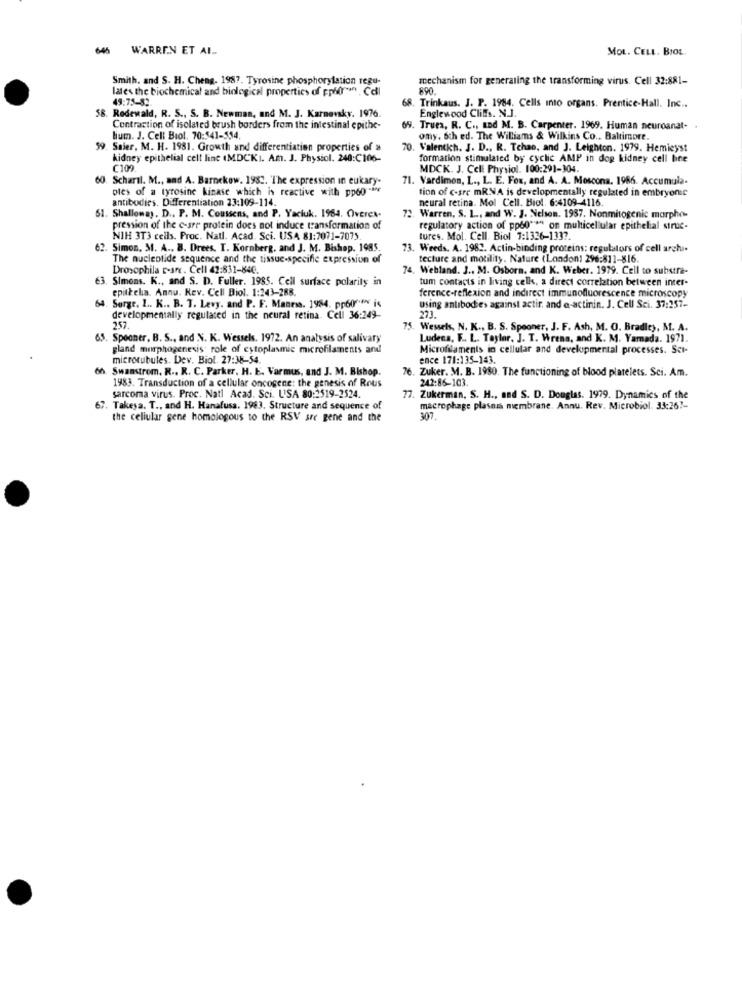
646 WARREN ET AL.
MOL. CELL. BIOL
Smith, and S. H. Cheng. 1987. Tyrosine phosphorylation regu-
mechanism for generating the transforming virus. Cell 32:881-
lates the biochemical and biological properties of prof. Cell
890.
49:75-82.
68. Trinkaus. J. P. 1984. Cells into organs. Prentice-Hall. Inc ..
58. Rodewald, R. S ., S. B. Newman, and M. J. Karnevsky. 1976.
Englewood Cliffs. N.J.
Contraction of isolated brush borders from the intestinal epithe-
69. True, R. C ., and M. B. Carpenter. 1969. Human neuroanat. .
lium. J. Cell Biol. 70:541-554.
ofy. 6th ed. The Williams & Wilkins Co .. Baltimore.
59. Saler, M. H. 1981. Growth and differentiation properties of »
70. Valentich. J. D ., R. Tchao, and J. Leighton. 1979. Hemieyst
kidney epithelial cell line (MDCKI. A.m. J. Physiol. 240:C106-
formation stimulated by cyclic AMP in dop kidney cell hne
C109.
MDCK. J. Cell Physiol. 100:291-304.
60. Scharil. M ., and A. Barnekow. 1982. 'The expression in eukary-
71. Vardimon, L ., L. E. Fox, and A. A. Moscona. 1986. Accumula-
ples of a tyrosine kinase which is reactive with ppog -ine
tion of c-sre mRNA is developmentally regulated in embryonic
antibodies. Differentiation 23:109-114.
neural retina. Mol Cell. Biol. 6:4109-4116.
51. Shallomay, D .. P. M. Coussens, and P. Yaciuk. 1984. Overex-
72. Warren, S. L ., and W. J. Nelson. 1937. Nonmitogenic morpho-
pression of the c-sre protein does not induce transformation of
regulatory action of pp60"*" on multicellular epithelial struc-
NIH 3T3 cells. Proc. Natl. Acad. Sci. USA 81:7071-7075.
tures. Mol. Cell. Biol 7:1326-1337.
62. Simon, 31. A ., B. Drees. T. Kornberg, and J. M. Bishop. 1985.
73. Weeds. A. 1982. Actin-binding proteins: regulators of cell archi-
The nucleotide sequence and the tissue-specific expression of
tecture and motility. Nature (London) 296:811-816.
Drosophila r-src. Cell 42:831-840.
. Webland. J ., M. Osborn, and K. Weber. 1979. Cell to substra-
63. Simons. K ., and S. D. Fuller, 1985. Cell surface polarity in
tum contacts in living cell, a direct correlation between inter-
epitelia. Annu. Rev. Cell Biol. 1:243-288.
ference-reflexion and indirect immunofluorescence microscopy
64. Sorge, 1 .. K .. B. T. Levy, and P. F. Manris. 1984. pp600 *** is
Using antibodies against actir. and a-actinin. J. Cell Sci. 37:257-
273.
developmentally regulated in the neural retina. Cell 36:249-
257.
75. Wessels, N. K ., B. S. Spooner, J. F. Ash, M. O. Bradley, M. A.
65. Spooner, B. S ., and N. K. Wessels. 1972. An analysis of salivary
Ludens, F .. L. Taylor, J. T. Wrens, and K. M. Yamada. 1971.
gland morphogenesis role of cytoplasmic microfilaments and
Microfilaments in cellular and developmental processes. Sci-
microtubules. Dev. Biol. 27:38-54.
ence 171:135-143.
6h. Swanstrom. R .. R. C. Parker, H. E. Varmus, and J. M. Bishop.
76. Zuker. M. B. 1980. The functioning of blood platelets. Sci. Am.
1983. Transduction of a cellular oncogene: the genesis of Rous
242:86-103.
sarcoma virus. Proc. Nati Acad. Sci. USA 80:2519-2524.
77. Zukerman, S. H ., and S. D. Douglas. 1979. Dynamics of the
67. Takesa. T ., and H. Hanafusa. 1983. Structure and sequence of
macrophage plasnis membrane. Annu. Rev. Microbiol. 33:26 ?-
the cellular gene homologous to the RSV are gene and the
307.